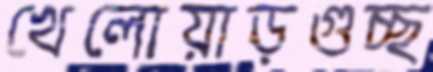
খেলোয়াড়গুচ্ছ